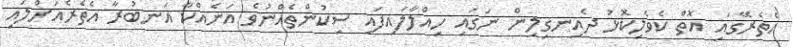
އެތެރޭގައި އޮތް ކެވެލިކޮޅު ދެއިނގިލިން ނަގައި ހިއްލާލައިފައި ސިކުންތެއްނުވެ އަނެއްކާ އަނބުރާ އެތެރެއަށްލައި